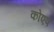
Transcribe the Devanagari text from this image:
कोएप